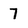
Character: 7